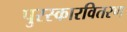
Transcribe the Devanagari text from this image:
पुरस्कारवितरण